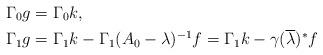
LaTeX: \begin{align*} \Gamma_0 g &= \Gamma_0 k,\\ \Gamma_1 g &= \Gamma_1 k-\Gamma_1(A_0-\lambda)^{-1}f = \Gamma_1 k-\gamma(\overline\lambda)^*f\end{align*}